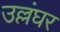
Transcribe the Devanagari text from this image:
उल्लंघर